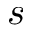
\boldsymbol s